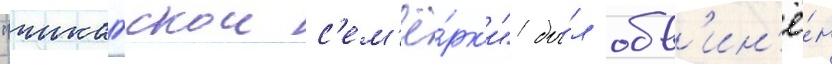
"чикагскои с'ем'ё́рк'и" бы́л обв'ин'ё́н